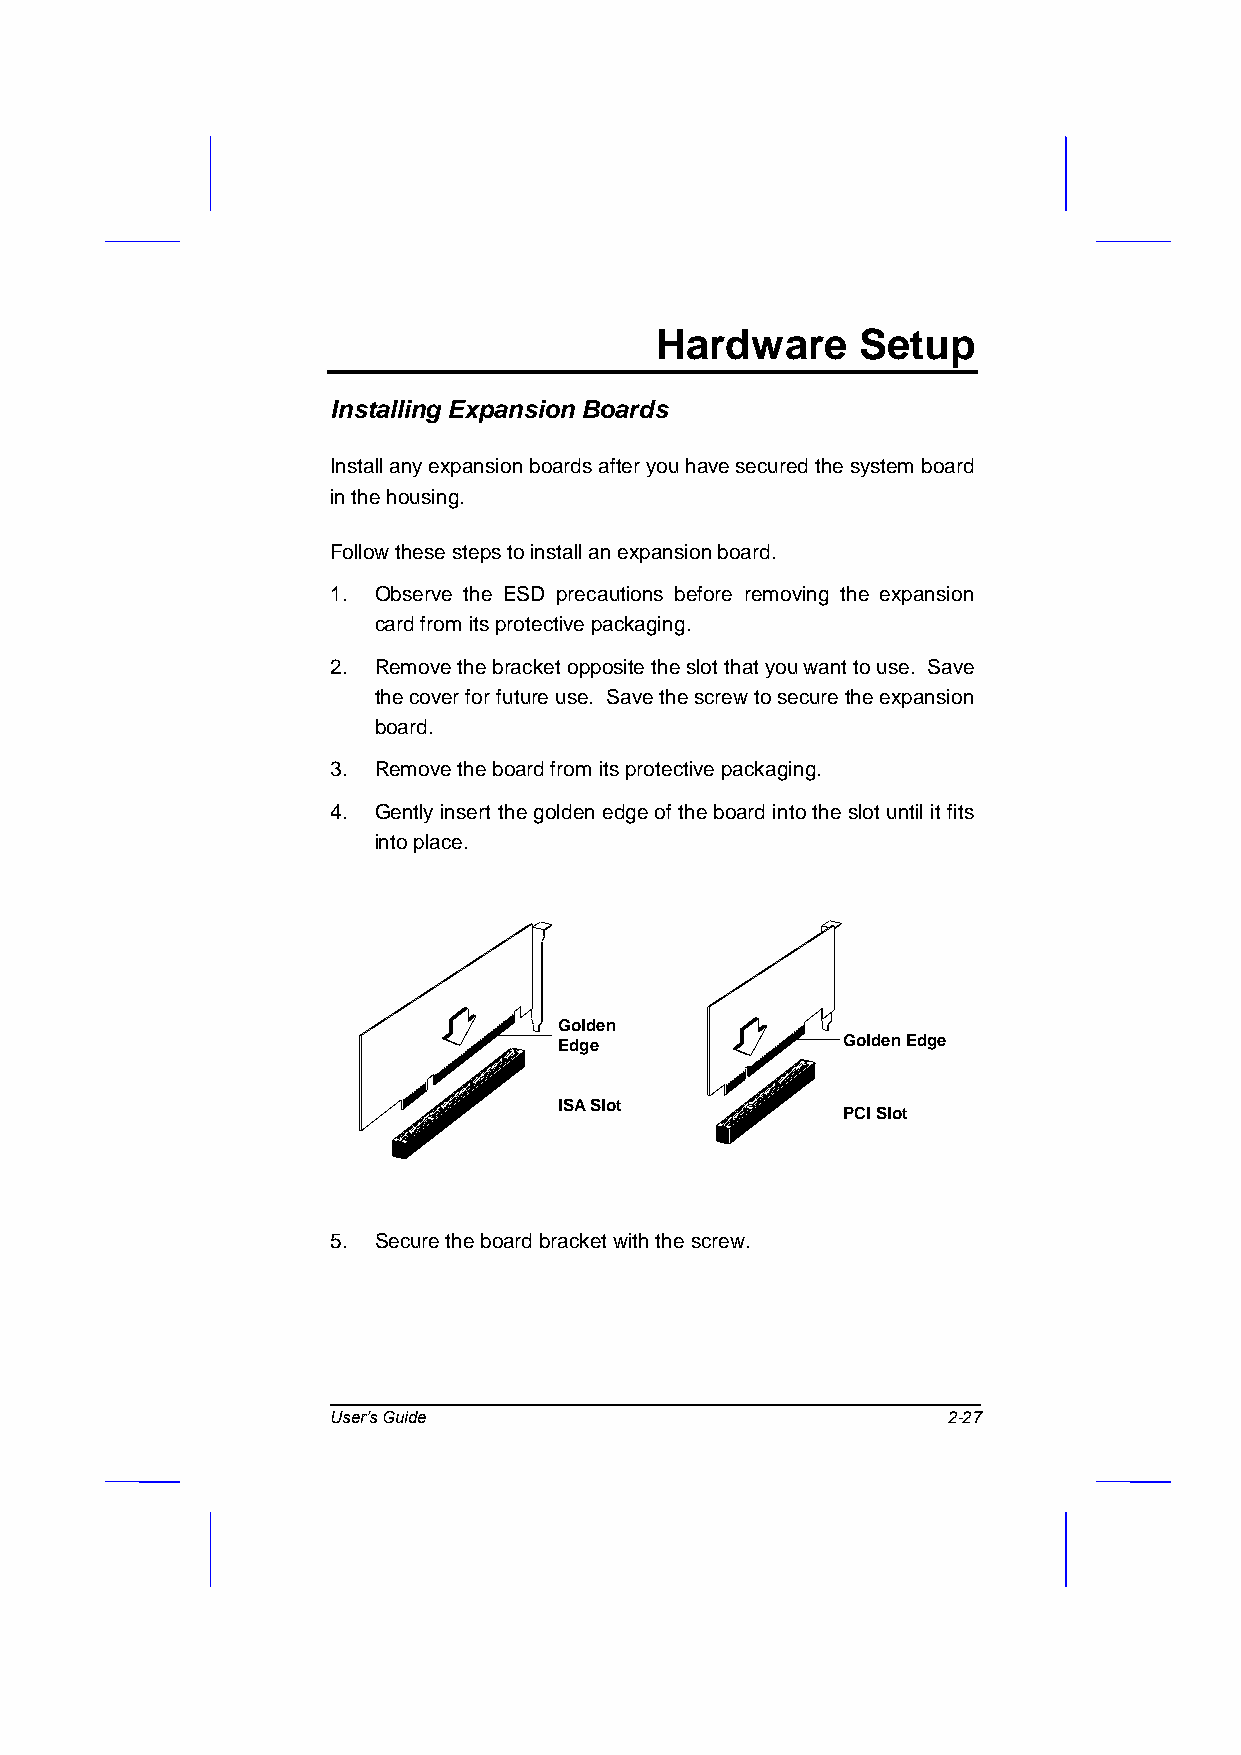
Hardware      Setup
 Installing Expansion Boards
 Install any expansion boards after you have secured the system board
 in the housing.
 Follow these steps to install an expansion board.
 1. Observe the ESD precautions before removing the expansion
 card from its protective packaging.
 2. Remove the bracket opposite the slot that you want to use. Save
 the cover for future use. Save the screw to secure the expansion
 board.
 3. Remove the board from its protective packaging.
 4. Gently insert the golden edge of the board into the slot until it fits
 into place.
 Golden
 Edge               Golden Edge
 ISA Slot
 PCI Slot
 5. Secure the board bracket with the screw.
 User’s Guide                             2-27